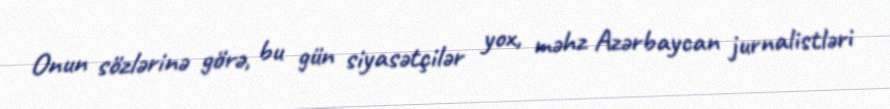
Onun sözlərinə görə, bu gün siyasətçilər yox, məhz Azərbaycan jurnalistləri